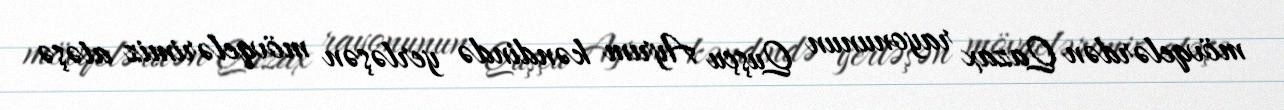
mövqelərdən Qazax rayonunun Quşçu Ayrım kəndində yerləşən mövqelərimiz atəşə